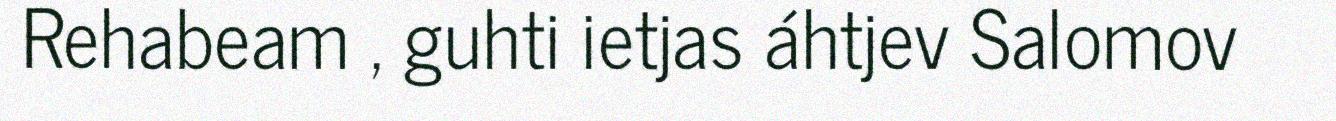
Rehabeam , guhti ietjas áhtjev Salomov